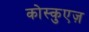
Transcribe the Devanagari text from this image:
कोस्कुएज़